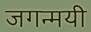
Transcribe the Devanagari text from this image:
जगन्मयी